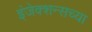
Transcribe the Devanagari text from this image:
इंजेक्शन्सच्या